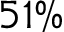
5 1 \%